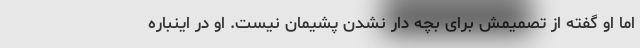
اما او گفته از تصمیمش برای بچه دار نشدن پشیمان نیست. او در اینباره